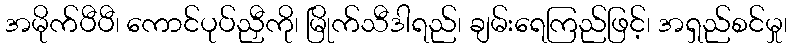
အမိုက်ပီပီ၊ ကောင်ပုပ်ညှီကို၊ မြိုက်သီဒါရည်၊ ချမ်းရေကြည်ဖြင့်၊ အရှည်စင်မှု၊